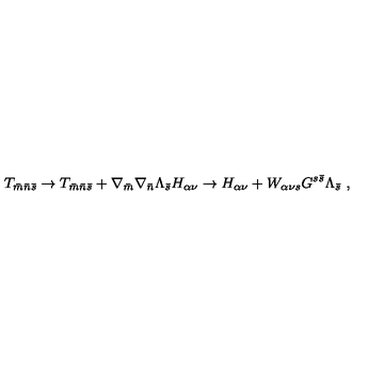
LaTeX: T _ { { \bar { m } } { \bar { n } } { \bar { s } } } \rightarrow T _ { { \bar { m } } { \bar { n } } { \bar { s } } } + \nabla _ { \bar { m } } \nabla _ { \bar { n } } \Lambda _ { \bar { s } } H _ { \alpha \nu } \rightarrow H _ { \alpha \nu } + W _ { \alpha \nu s } G ^ { s { \bar { s } } } \Lambda _ { \bar { s } } \ ,